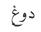
دوغ